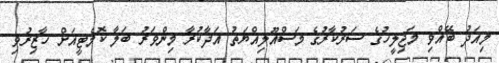
މިއަދު ބޭއްވި މަޖިލީހުގެ ސަރުކާރުގެ މަސްއޫލިއްޔަތު އަދާކުރާ މިންވަރު ބަލާ ކޮމެޓީއަށް ހާޒިރުވި